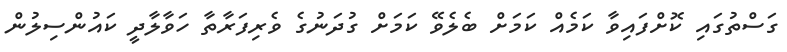
ގަސްތުގައި ކޮށްފައިވާ ކަމެއް ކަމަށް ބެލެވޭ ކަމަށް ގުދަނުގެ ވެރިފަރާތާ ހަވާލާދީ ކައުންސިލުން